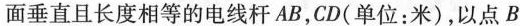
面垂直且长度相等的电线杆AB，CD(单位：米)，以点B